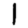
Digit: 1